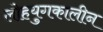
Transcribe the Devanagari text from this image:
लोहयुगकालीन